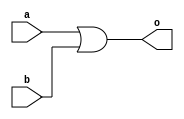
module or_struct(a,b,o);

input a,b;
output o;

or(o,a,b);
endmodule